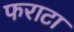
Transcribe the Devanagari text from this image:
फराटा